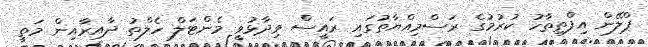
ޕްލޭން އިފްތިތާހު ކުރުމުގެ ރަސްމިއްޔާތުގައި ރައީސް ވިދާޅުވީ މެންޓަލް ހެލްތު ދާއިރާއިން މަތީ